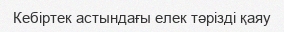
Кебіртек астындағы елек тәрізді қаяу